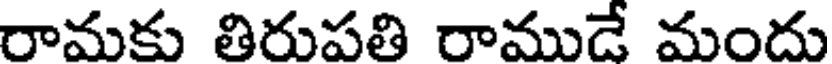
రామకు తిరుపతి రాముడే మందు